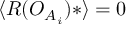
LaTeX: \langle { \cal R } ( { \cal O } _ { A _ { i } } ) * \rangle = 0